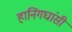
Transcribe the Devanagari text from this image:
हानिंगघांसी